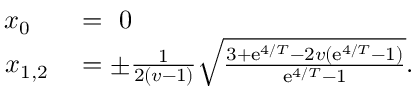
\begin{array} { r l } { x _ { 0 } ~ ~ } & { { } = ~ 0 } \\ { x _ { 1 , 2 } } & { { } = \pm \frac { 1 } { 2 ( v - 1 ) } \sqrt { \frac { 3 + \mathrm { e } ^ { 4 / T } - 2 v ( \mathrm { e } ^ { 4 / T } - 1 ) } { \mathrm { e } ^ { 4 / T } - 1 } } . } \end{array}